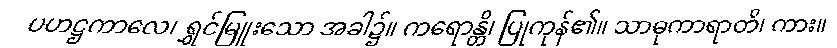
ပဟဋ္ဌကာလေ၊ ရွှင်မြူးသော အခါ၌။ ကရောန္တိ၊ ပြုကုန်၏။ သာဓုကာရာတိ၊ ကား။